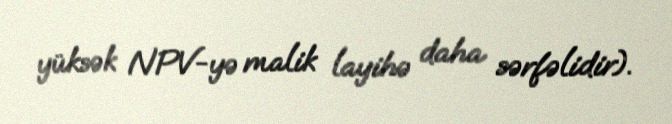
yüksək NPV-yə malik layihə daha sərfəlidir).